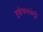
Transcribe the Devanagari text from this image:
हुल्लीकलकेट्टी